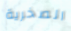
الصخرية